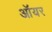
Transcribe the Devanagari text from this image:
ऑयर